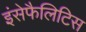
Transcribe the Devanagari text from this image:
इंसेफैलिटिस